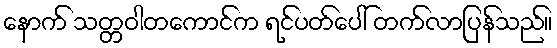
နောက် သတ္တဝါတကောင်က ရင်ပတ်ပေါ် တက်လာပြန်သည်။